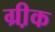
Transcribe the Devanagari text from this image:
ग्री़क